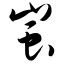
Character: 蚩